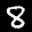
Label: 8